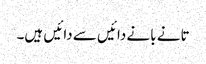
تانے بانے دائیں سے دائیں ہیں۔